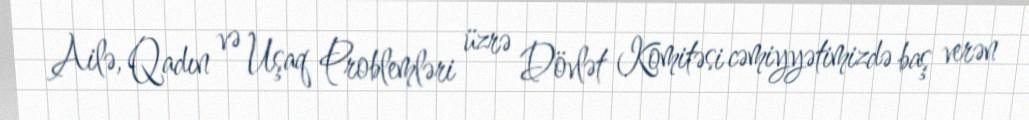
Ailə, Qadın və Uşaq Problemləri üzrə Dövlət Komitəsi cəmiyyətimizdə baş verən